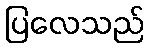
ပြလေသည်